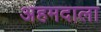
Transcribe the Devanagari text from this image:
अहमदाला